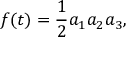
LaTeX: f ( t ) = { \frac { 1 } { 2 } } a _ { 1 } a _ { 2 } a _ { 3 } ,